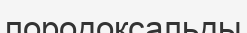
породоксальды